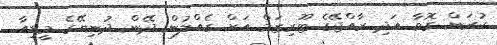
ކުރަން ގޮވާ އަދި ރާއްޖޭގެ ޓޫރިޒަމް އަށް ގެއްލުން ދޭން ދުނިޔޭގެ މީޑިއާ